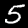
Label: 5